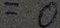
= 0